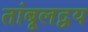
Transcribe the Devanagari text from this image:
तांबूलद्वय